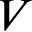
V